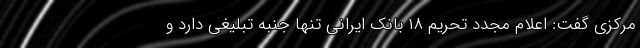
مرکزی گفت: اعلام مجدد تحریم ۱۸ بانک ایرانی تنها جنبه تبلیغی دارد و